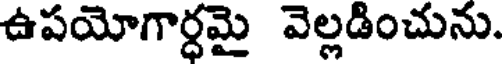
ఉపయోగార్ధమై వెల్లడించును.